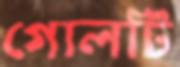
গোলটি